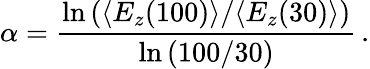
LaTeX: \alpha=\frac{\ln{(\langle E_{z}(100)\rangle/\langle E_{z}(30)\rangle)}}{\ln{(100/30)}}\, .